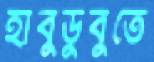
হাবুডুবুতে